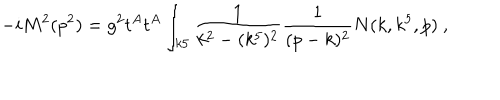
- i M ^ { 2 } ( p ^ { 2 } ) = g ^ { 2 } t ^ { A } t ^ { A } \int _ { k 5 } { \frac { 1 } { k ^ { 2 } - ( k ^ { 5 } ) ^ { 2 } } } { \frac { 1 } { ( p - k ) ^ { 2 } } } N ( k , k ^ { 5 } , p ) \ ,